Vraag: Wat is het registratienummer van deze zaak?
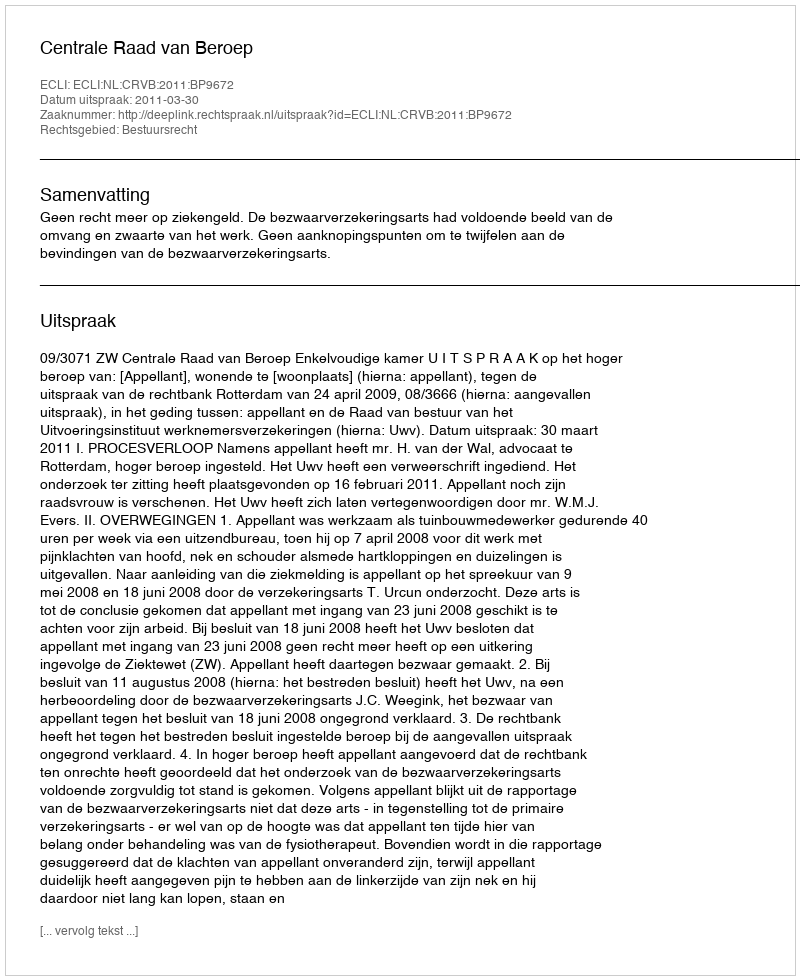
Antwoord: http://deeplink.rechtspraak.nl/uitspraak?id=ECLI:NL:CRVB:2011:BP9672